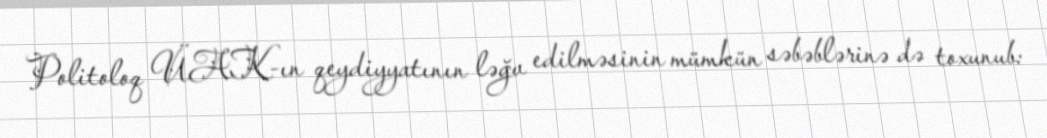
Politoloq ÜAK-ın qeydiyyatının ləğv edilməsinin mümkün səbəblərinə də toxunub: